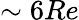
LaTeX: \sim 6Re